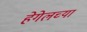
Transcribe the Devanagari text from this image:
हेगेलच्या